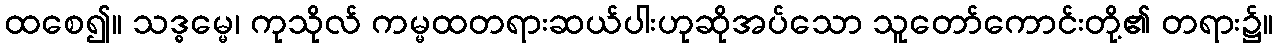
ထစေ၍။ သဒ္ဓမ္မေ၊ ကုသိုလ် ကမ္မထတရားဆယ်ပါးဟုဆိုအပ်သော သူတော်ကောင်းတို့၏ တရား၌။